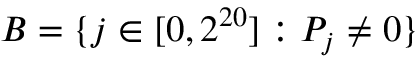
B = \{ j \in [ 0 , 2 ^ { 2 0 } ] : P _ { j } \neq 0 \}